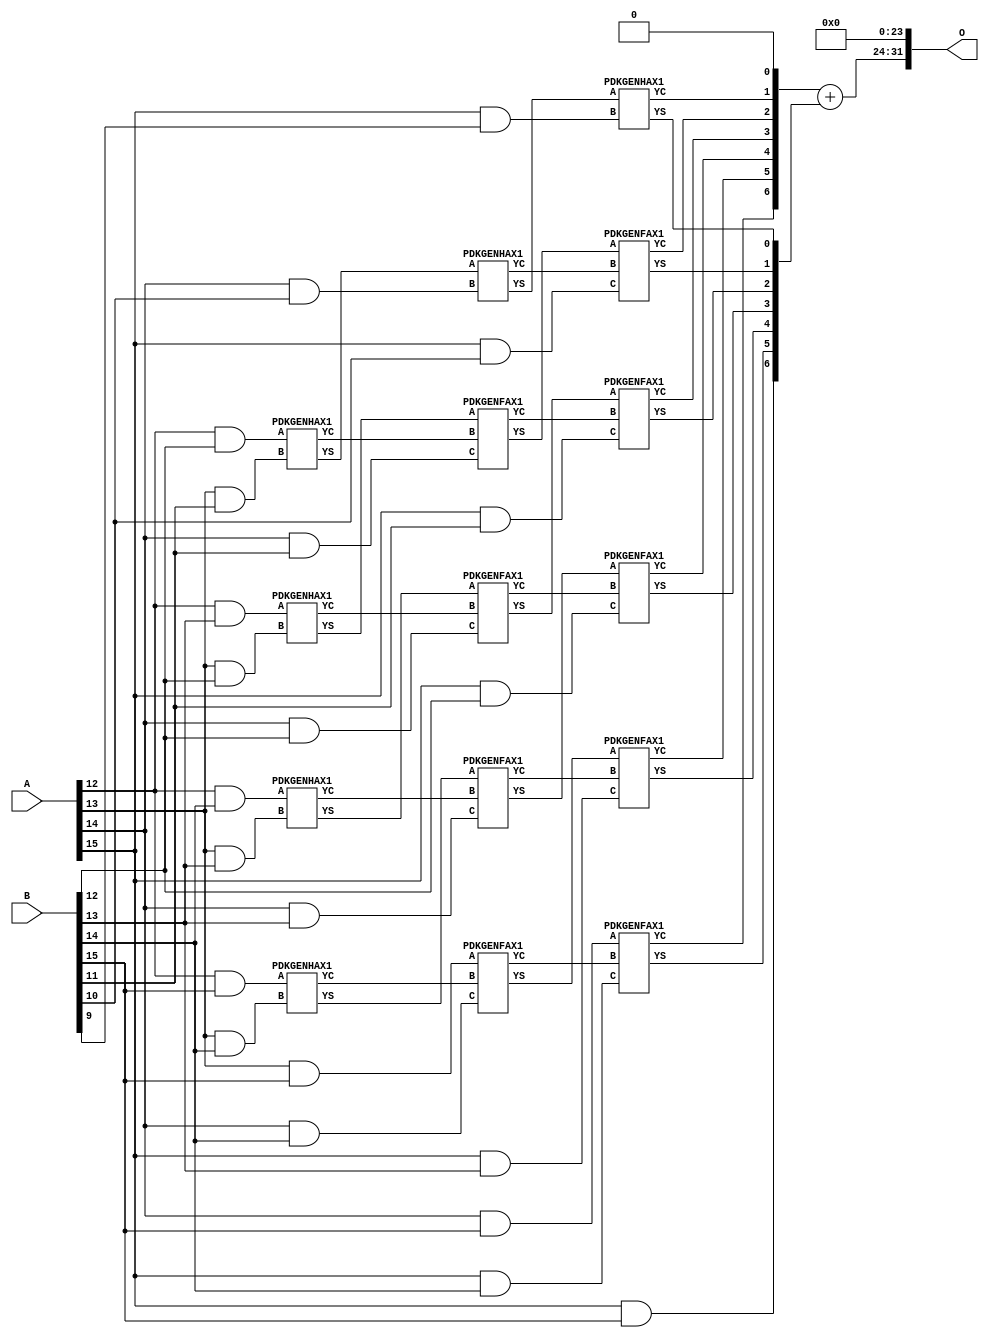
/***
* This code is a part of EvoApproxLib library (ehw.fit.vutbr.cz/approxlib) distributed under The MIT License.
* When used, please cite the following article(s): PRABAKARAN B. S., MRAZEK V., VASICEK Z., SEKANINA L., SHAFIQUE M. ApproxFPGAs: Embracing ASIC-based Approximate Arithmetic Components for FPGA-Based Systems. DAC 2020. 
***/
// MAE% = 1.95 %
// MAE = 83853312 
// WCE% = 7.81 %
// WCE = 335413249 
// WCRE% = 100.00 %
// EP% = 100.00 %
// MRE% = 19.30 %
// MSE = 10697.458e12 
// FPGA_POWER = 0.41
// FPGA_DELAY = 9.1
// FPGA_LUT = 17


module mul16u_GRC ( A, B, O );
  input [15:0] A;
  input [15:0] B;
  output [31:0] O;

  wire C_13_11,C_13_12,C_13_13,C_13_14,C_14_10,C_14_11,C_14_12,C_14_13,C_14_14,C_15_10,C_15_11,C_15_12,C_15_13,C_15_14,C_15_9,S_12_12,S_12_13,S_12_14,S_12_15,S_13_11,S_13_12,S_13_13,S_13_14,S_13_15,S_14_10,S_14_11,S_14_12,S_14_13,S_14_14,S_14_15,S_15_10,S_15_11,S_15_12,S_15_13,S_15_14,S_15_15,S_15_9,S_16_10,S_16_11,S_16_12,S_16_13,S_16_14,S_16_15,S_16_8,S_16_9;

  assign S_12_12 = (A[12] & B[12]);
  assign S_12_13 = (A[12] & B[13]);
  assign S_12_14 = (A[12] & B[14]);
  assign S_12_15 = (A[12] & B[15]);
  PDKGENHAX1 U497940 (.A(S_12_12), .B((A[13] & B[11])), .YS(S_13_11), .YC(C_13_11));
  PDKGENHAX1 U497941 (.A(S_12_13), .B((A[13] & B[12])), .YS(S_13_12), .YC(C_13_12));
  PDKGENHAX1 U497942 (.A(S_12_14), .B((A[13] & B[13])), .YS(S_13_13), .YC(C_13_13));
  PDKGENHAX1 U497943 (.A(S_12_15), .B((A[13] & B[14])), .YS(S_13_14), .YC(C_13_14));
  assign S_13_15 = (A[13] & B[15]);
  PDKGENHAX1 U497955 (.A(S_13_11), .B((A[14] & B[10])), .YS(S_14_10), .YC(C_14_10));
  PDKGENFAX1 U497956 (.A(S_13_12), .B(C_13_11), .C((A[14] & B[11])), .YS(S_14_11), .YC(C_14_11));
  PDKGENFAX1 U497957 (.A(S_13_13), .B(C_13_12), .C((A[14] & B[12])), .YS(S_14_12), .YC(C_14_12));
  PDKGENFAX1 U497958 (.A(S_13_14), .B(C_13_13), .C((A[14] & B[13])), .YS(S_14_13), .YC(C_14_13));
  PDKGENFAX1 U497959 (.A(S_13_15), .B(C_13_14), .C((A[14] & B[14])), .YS(S_14_14), .YC(C_14_14));
  assign S_14_15 = (A[14] & B[15]);
  PDKGENHAX1 U497970 (.A(S_14_10), .B((A[15] & B[9])), .YS(S_15_9), .YC(C_15_9));
  PDKGENFAX1 U497971 (.A(S_14_11), .B(C_14_10), .C((A[15] & B[10])), .YS(S_15_10), .YC(C_15_10));
  PDKGENFAX1 U497972 (.A(S_14_12), .B(C_14_11), .C((A[15] & B[11])), .YS(S_15_11), .YC(C_15_11));
  PDKGENFAX1 U497973 (.A(S_14_13), .B(C_14_12), .C((A[15] & B[12])), .YS(S_15_12), .YC(C_15_12));
  PDKGENFAX1 U497974 (.A(S_14_14), .B(C_14_13), .C((A[15] & B[13])), .YS(S_15_13), .YC(C_15_13));
  PDKGENFAX1 U497975 (.A(S_14_15), .B(C_14_14), .C((A[15] & B[14])), .YS(S_15_14), .YC(C_15_14));
  assign S_15_15 = (A[15] & B[15]);
  assign {S_16_15, S_16_14, S_16_13, S_16_12, S_16_11, S_16_10, S_16_9, S_16_8} = {C_15_14, C_15_13, C_15_12, C_15_11, C_15_10, C_15_9, 1'b0} + {S_15_15, S_15_14, S_15_13, S_15_12, S_15_11, S_15_10, S_15_9};
  assign O = {S_16_15,S_16_14,S_16_13,S_16_12,S_16_11,S_16_10,S_16_9,S_16_8,1'b0,1'b0,1'b0,1'b0,1'b0,1'b0,1'b0,1'b0,1'b0,1'b0,1'b0,1'b0,1'b0,1'b0,1'b0,1'b0,1'b0,1'b0,1'b0,1'b0,1'b0,1'b0,1'b0,1'b0};

endmodule

/* mod */
module PDKGENHAX1( input A, input B, output YS, output YC );
    assign YS = A ^ B;
    assign YC = A & B;
endmodule
/* mod */
module PDKGENFAX1( input A, input B, input C, output YS, output YC );
    assign YS = (A ^ B) ^ C;
    assign YC = (A & B) | (B & C) | (A & C);
endmodule